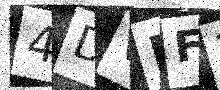
Text: 4DVHF3